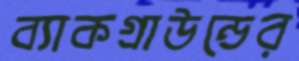
ব্যাকগ্রাউন্ডের